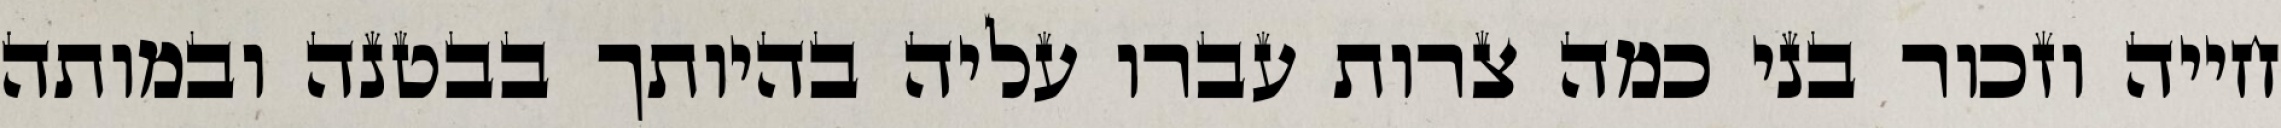
חייה וזכור בני כמה צרות עברו עליה בהיותך בבטנה ובמותה